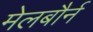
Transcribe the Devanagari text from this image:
मेलबौर्न